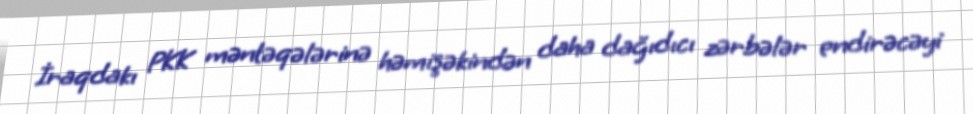
İraqdakı PKK məntəqələrinə həmişəkindən daha dağıdıcı zərbələr endirəcəyi